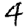
Digit: 4